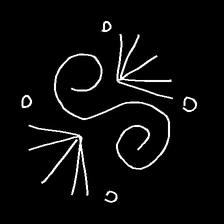
Glyph: aeroform